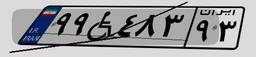
۲۵W۳۶۸۳۳